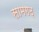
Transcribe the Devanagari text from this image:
सामगढ़